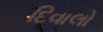
દિવાલો